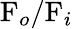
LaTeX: \mathrm{F}_{o}/\mathrm{F}_{i}